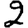
Digit: 2